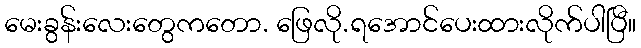
မေးခွန်းလေးတွေကတော. ဖြေလို.ရအောင်ပေးထားလိုက်ပါပြီ။